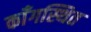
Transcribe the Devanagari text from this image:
काँगस्थित